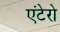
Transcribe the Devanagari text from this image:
एंटेरो